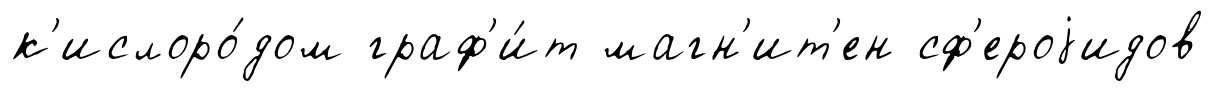
к'ислоро́дом граф'и́т магн'ит'ен сф'ероjидов